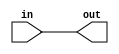
// -*- verilog -*-
//
//  USRP - Universal Software Radio Peripheral
//
//  Copyright (C) 2003 Matt Ettus
//
//  This program is free software; you can redistribute it and/or modify
//  it under the terms of the GNU General Public License as published by
//  the Free Software Foundation; either version 2 of the License, or
//  (at your option) any later version.
//
//  This program is distributed in the hope that it will be useful,
//  but WITHOUT ANY WARRANTY; without even the implied warranty of
//  MERCHANTABILITY or FITNESS FOR A PARTICULAR PURPOSE.  See the
//  GNU General Public License for more details.
//
//  You should have received a copy of the GNU General Public License
//  along with this program; if not, write to the Free Software
//  Foundation, Inc., 51 Franklin Street, Boston, MA  02110-1301  USA
//


// Sign extension "macro"
// bits_out should be greater than bits_in

module sign_extend (in,out);
	parameter bits_in=0;  // FIXME Quartus insists on a default
	parameter bits_out=0;
	
	input [bits_in-1:0] in;
	output [bits_out-1:0] out;
	
	assign out = {{(bits_out-bits_in){in[bits_in-1]}},in};
	
endmodule